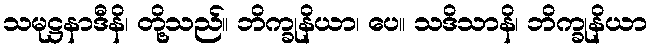
သမုဋ္ဌနာဒီနိ၊ တို့သည်။ ဘိက္ခုနိယာ၊ ပေ။ သဒိသာနိ၊ ဘိက္ခုနိယာ